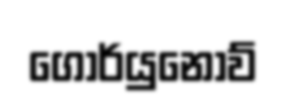
ගොර්යුනොව්